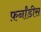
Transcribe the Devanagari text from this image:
फ़र्नांडीस